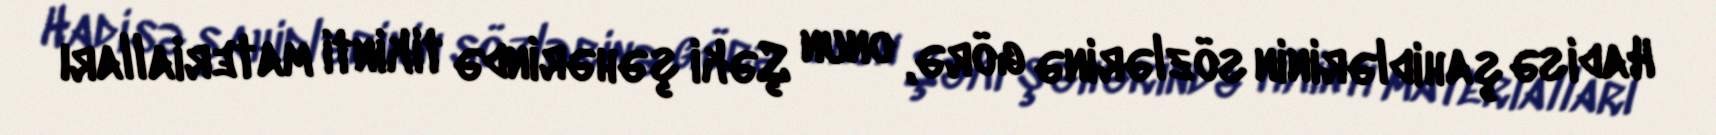
Hadisə şahidlərinin sözlərinə görə, onun Şəki şəhərində tikinti materialları